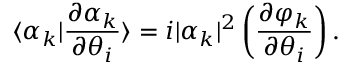
\langle \alpha _ { k } | \frac { \partial \alpha _ { k } } { \partial \theta _ { i } } \rangle = i | \alpha _ { k } | ^ { 2 } \left( \frac { \partial \varphi _ { k } } { \partial \theta _ { i } } \right) .